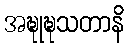
အဍ္ဎုဍ္ဎသတာနိ